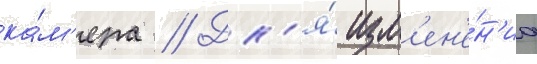
ка́м'ера // Дл'я́ изм'ен'е́н'иа